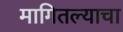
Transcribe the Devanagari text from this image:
मागितल्याचा